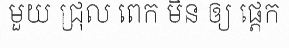
មួយ ជ្រុល ពេក មិន ឲ្យ ផ្តេក